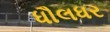
ધૌલધર